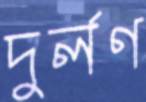
দুর্লণ